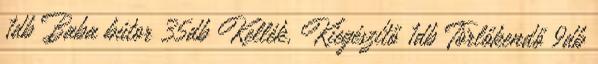
1db Baba bútor 35db Kellék, Kiegészítő 1db Törlőkendő 9db